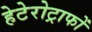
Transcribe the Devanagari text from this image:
हेटेरोट्राफों